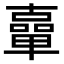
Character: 𠧈